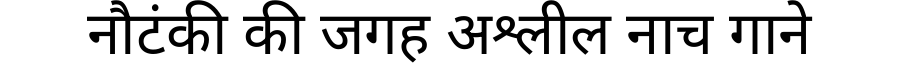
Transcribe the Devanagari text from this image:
नौटंकी की जगह अश्लील नाच गाने